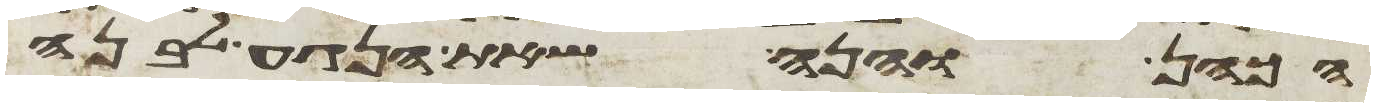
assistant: הכהן והנה שאת הנגע לבנה